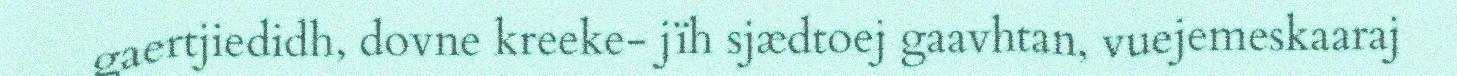
gaertjiedidh, dovne kreeke- jïh sjædtoej gaavhtan, vuejemeskaaraj